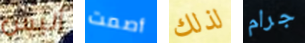
أليس أصمت لذلك جرام